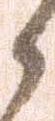
御